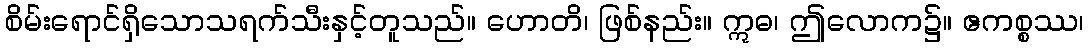
စိမ်းရောင်ရှိသောသရက်သီးနှင့်တူသည်။ ဟောတိ၊ ဖြစ်နည်း။ ဣဓ၊ ဤလောက၌။ ဧကစ္စဿ၊